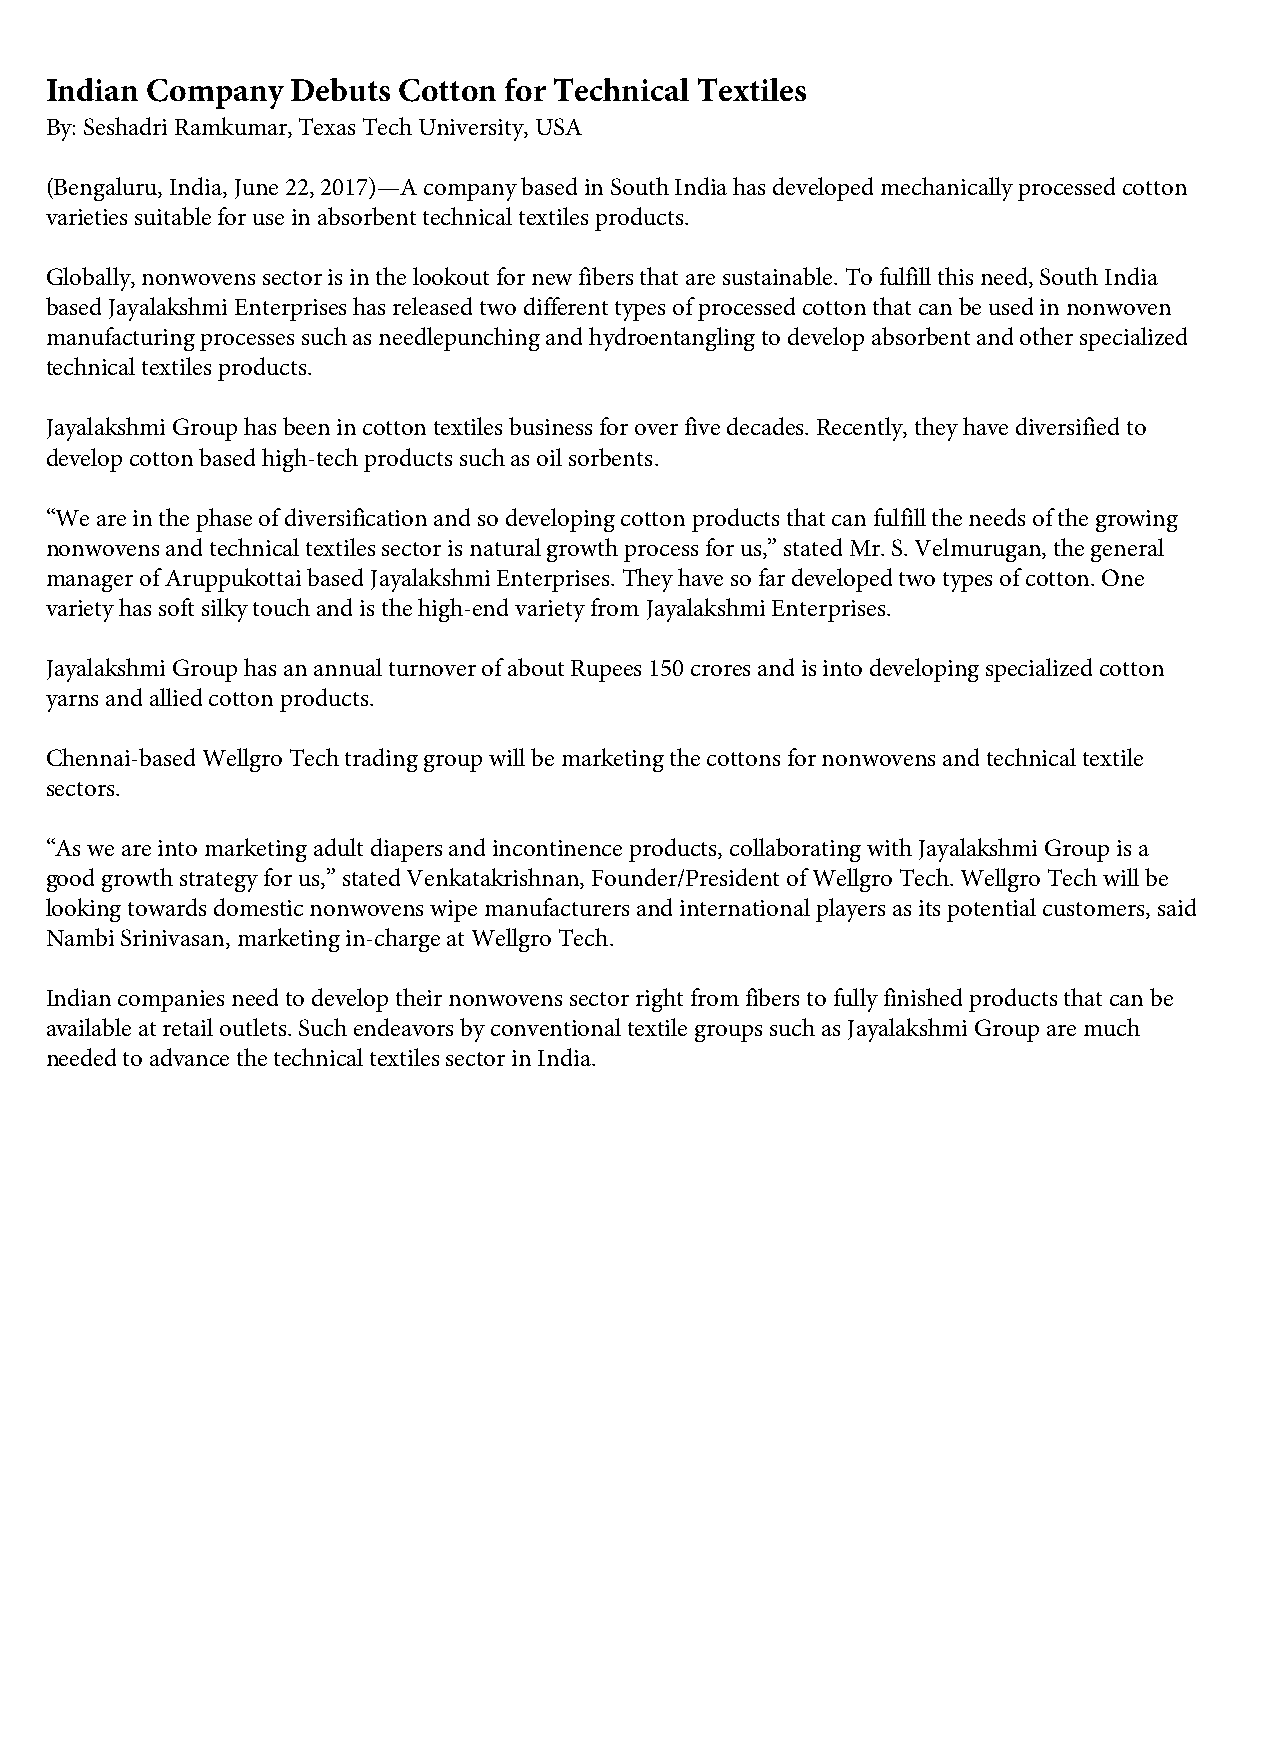
Indian Company  Debuts Cotton for Technical Textiles
 By: Seshadri Ramkumar, Texas Tech University, USA
 (Bengaluru, India, June 22, 2017)—A company based in South India has developed mechanically processed cotton
 varieties suitable for use in absorbent technical textiles products.
 Globally, nonwovens sector is in the lookout for new fibers that are sustainable. To fulfill this need, South India
 based Jayalakshmi Enterprises has released two different types of processed cotton that can be used in nonwoven
 manufacturing processes such as needlepunching and hydroentangling to develop absorbent and other specialized
 technical textiles products.
 Jayalakshmi Group has been in cotton textiles business for over five decades. Recently, they have diversified to
 develop cotton based high-tech products such as oil sorbents.
 “We are in the phase of diversification and so developing cotton products that can fulfill the needs of the growing
 nonwovens and technical textiles sector is natural growth process for us,” stated Mr. S. Velmurugan, the general
 manager of Aruppukottai based Jayalakshmi Enterprises. They have so far developed two types of cotton. One
 variety has soft silky touch and is the high-end variety from Jayalakshmi Enterprises.
 Jayalakshmi Group has an annual turnover of about Rupees 150 crores and is into developing specialized cotton
 yarns and allied cotton products.
 Chennai-based Wellgro Tech trading group will be marketing the cottons for nonwovens and technical textile
 sectors.
 “As we are into marketing adult diapers and incontinence products, collaborating with Jayalakshmi Group is a
 good growth strategy for us,” stated Venkatakrishnan, Founder/President of Wellgro Tech. Wellgro Tech will be
 looking towards domestic nonwovens wipe manufacturers and international players as its potential customers, said
 Nambi Srinivasan, marketing in-charge at Wellgro Tech.
 Indian companies need to develop their nonwovens sector right from fibers to fully finished products that can be
 available at retail outlets. Such endeavors by conventional textile groups such as Jayalakshmi Group are much
 needed to advance the technical textiles sector in India.